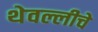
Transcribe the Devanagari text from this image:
थेवल्लीचे